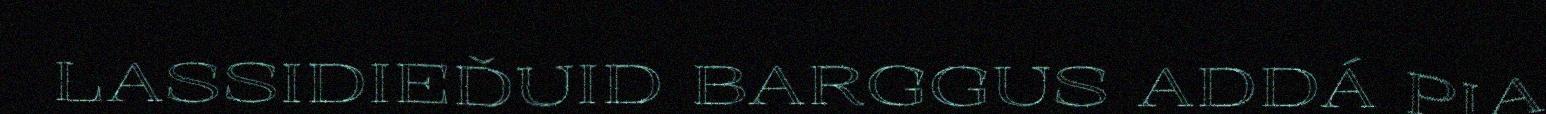
LASSIDIEĐUID BARGGUS ADDÁ PIA